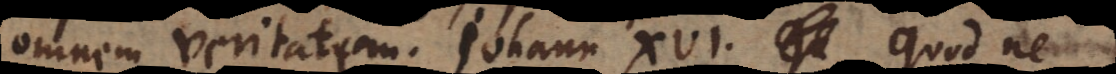
omnem veritatem. Johann. XVI. Quod ne